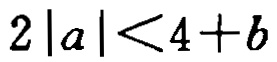
\(2|a|<4 + b\)